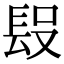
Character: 𨱮